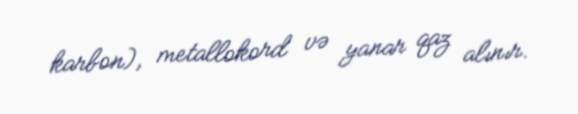
karbon), metallokord və yanar qaz alınır.